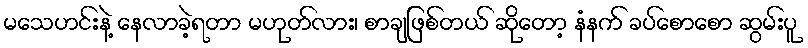
မသေဟင်းနဲ့ နေလာခဲ့ရတာ မဟုတ်လား၊ စာချဖြစ်တယ် ဆိုတော့ နံနက် ခပ်စောစော ဆွမ်းပူ